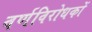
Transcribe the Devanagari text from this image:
वर्णविरोधकों